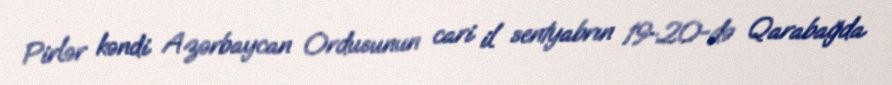
Pirlər kəndi Azərbaycan Ordusunun cari il sentyabrın 19-20-də Qarabağda